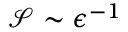
\mathcal { S } \sim \epsilon ^ { - 1 }